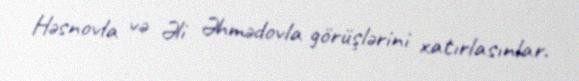
Həsnovla və Əli Əhmədovla görüşlərini xatırlasınlar.